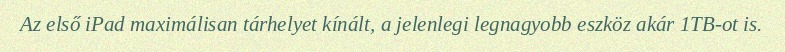
Az első iPad maximálisan tárhelyet kínált, a jelenlegi legnagyobb eszköz akár 1TB-ot is.